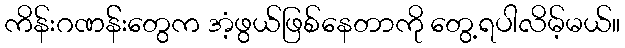
ကိန်းဂဏန််းတွေက အံ့ဖွယ်ဖြစ်နေတာကို တွေ့ရပါလိမ့်မယ်။